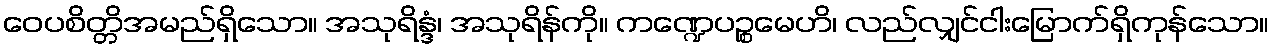
ဝေပစိတ္တိအမည်ရှိသော။ အသုရိန္ဒံ၊ အသုရိန်ကို။ ကဏ္ဍေပဉ္စမေဟိ၊ လည်လျှင်ငါးမြောက်ရှိကုန်သော။